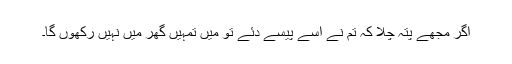
اگر مجھے پتہ چلا کہ تم نے اُسے پیسے دئے تو میں تمہیں گھر میں نہیں رکھوں گا۔